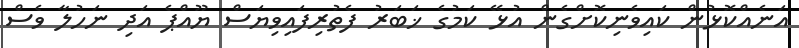
އަނެއްކޮޅުން ކައިވެނިކޮށްގެން އުޅޭ ކަމުގެ ޚަބަރު ފެތުރިފައިވިޔަސް ޔޫއްޕެ އަދި ނަހުލާ ވެސް